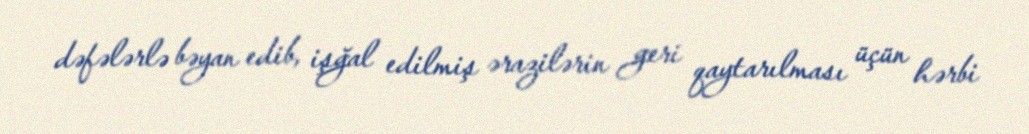
dəfələrlə bəyan edib, işğal edilmiş ərazilərin geri qaytarılması üçün hərbi